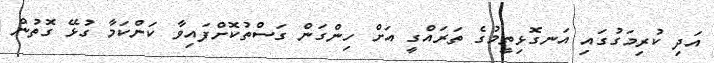
އަދި ކުރިމަގުގައި އަނގޮޅިތީމުގެ ތަރައްގީ އަށް ހިންގަން ގަސްތުކޮށްފައިވާ ކަންކަމާ ގުޅޭ ގޮތުން